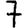
Digit: 7